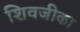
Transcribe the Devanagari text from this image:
शिवजीका